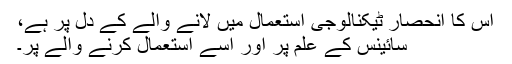
اس کا انحصار ٹیکنالوجی استعمال میں لانے والے کے دل پر ہے،
سائینس کے علم پر اور اسے استعمال کرنے والے پر۔